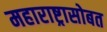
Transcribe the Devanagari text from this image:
महाराष्ट्रासोबत